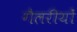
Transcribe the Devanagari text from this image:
गैलरीयों